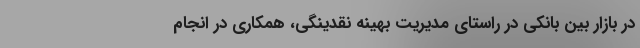
در بازار بین بانکی در راستای مدیریت بهینه نقدینگی، همکاری در انجام